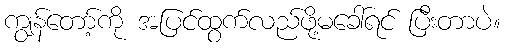
ကျွန်တော့်ကို အပြင်ထွက်လည်ဖို့မခေါ်ရင် ပြီးတာပဲ။